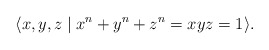
\begin{align*}\langle x,y,z\mid x^n+y^n+z^n=xyz=1\rangle.\end{align*}